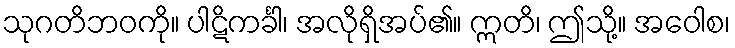
သုဂတိဘဝကို။ ပါဋိကင်္ခါ၊ အလိုရှိအပ်၏။ ဣတိ၊ ဤသို့။ အဝေါစ၊